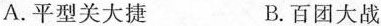
A.平型关大捷 B.百团大战